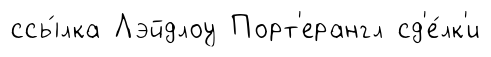
ссы́лка Лэйдлоу Порт'ерангл сд'е́лк'и